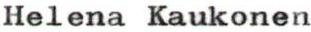
Helena Kaukonen